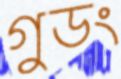
গুডং